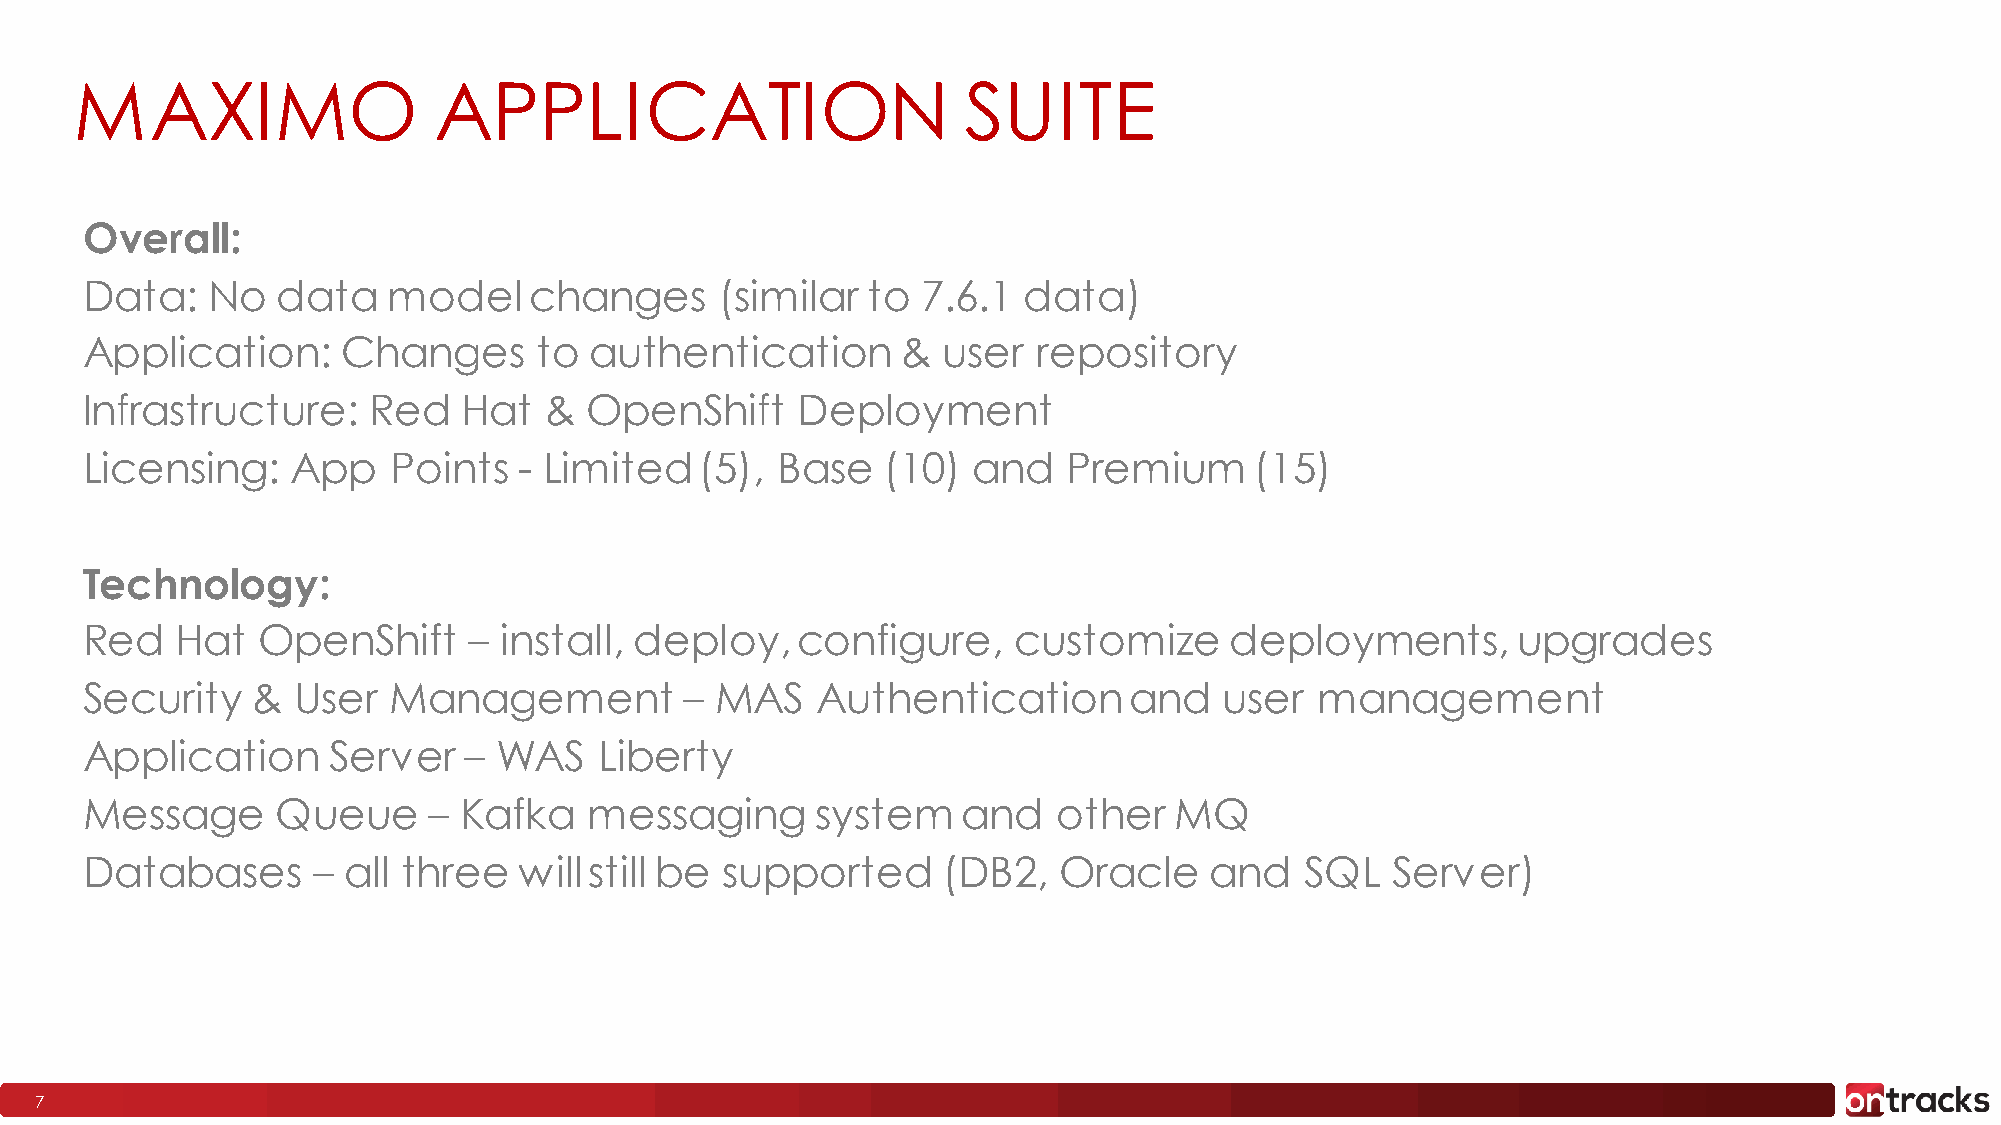
MAXIMO                  APPLICATION                        SUITE
 10